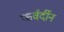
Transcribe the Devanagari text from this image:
फर्वर्दीन